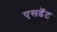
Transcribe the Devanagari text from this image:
एसडॅट